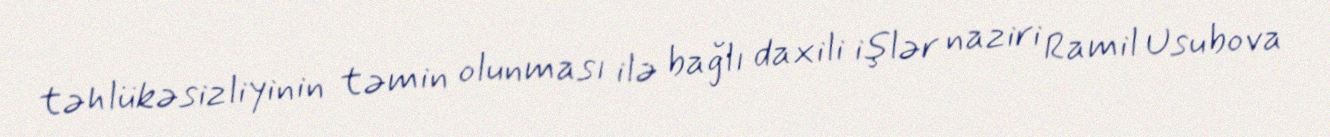
təhlükəsizliyinin təmin olunması ilə bağlı daxili işlər naziri Ramil Usubova